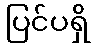
ပြင်ပရှိ